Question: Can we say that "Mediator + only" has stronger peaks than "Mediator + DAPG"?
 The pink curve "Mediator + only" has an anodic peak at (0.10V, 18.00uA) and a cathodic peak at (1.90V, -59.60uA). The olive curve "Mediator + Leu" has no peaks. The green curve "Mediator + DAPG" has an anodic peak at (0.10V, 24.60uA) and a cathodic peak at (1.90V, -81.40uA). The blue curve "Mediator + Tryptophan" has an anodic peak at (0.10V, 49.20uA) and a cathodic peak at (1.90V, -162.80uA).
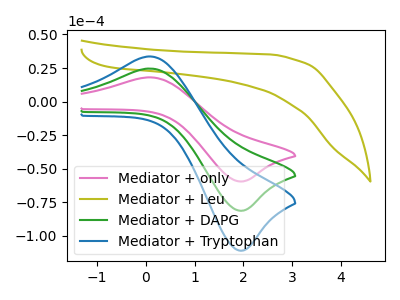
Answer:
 <answer>Every peak in "Mediator + only" is lower than every peak in "Mediator + DAPG".</answer>
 <eval>lower</eval>